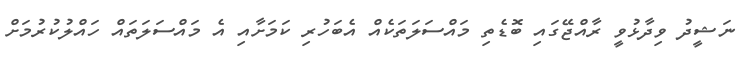
ނަޝީދު ވިދާޅުވީ ރާއްޖޭގައި ބޮޑެތި މައްސަލަތަކެއް އެބަހުރި ކަމަށާއި އެ މައްސަލަތައް ހައްލުކުރުމަށް